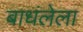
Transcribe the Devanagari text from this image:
बाधंलेला